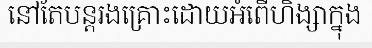
នៅតែបន្តរងគ្រោះដោយអំពើហិង្សាក្នុង